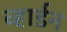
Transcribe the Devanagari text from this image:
व्हार्डन